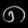
Digit: ၈